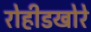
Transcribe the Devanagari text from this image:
रोहीडखोरे